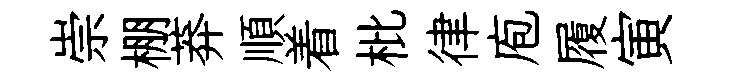
崇棚莽順着枇律庖履寅